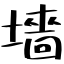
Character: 墻